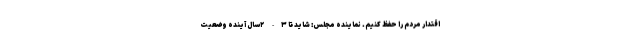
اقتدار مردم را حفظ کنیم. نماینده مجلس: شاید تا ۳- ۲سال آینده وضعیت